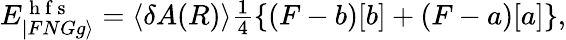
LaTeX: \begin{array}{r}{E_{|FNGg\rangle}^{\mathrm{~h~f~s~}}=\langle\delta A(R)\rangle\frac{1}{4}\left\{ (F-b)[b]+(F-a)[a]\right\} ,}\end{array}